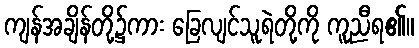
ကျန်အချိန်တို့၌ကား ခြေလျင်သူရဲတို့ကို ကူညီရ၏။